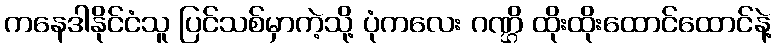
ကနေဒါနိုင်ငံသူ ပြင်သစ်မှာကဲ့သို့ ပုံကလေး ဂဏ္ဌိ ထိုးထိုးထောင်ထောင်နဲ့